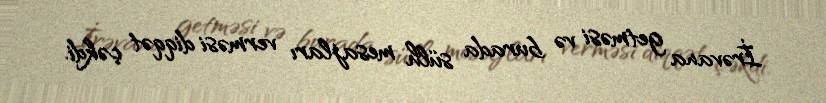
İrəvana getməsi və burada sülh mesajları verməsi diqqət çəkdi.